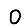
Digit: 0